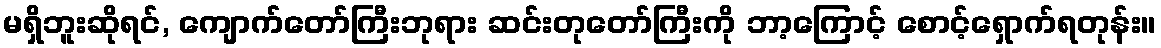
မရှိဘူးဆိုရင်, ကျောက်တော်ကြီးဘုရား ဆင်းတုတော်ကြီးကို ဘာ့ကြောင့် စောင့်ရှောက်ရတုန်း။